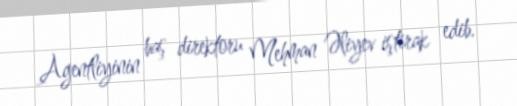
Agentliyinin baş direktoru Mehman Əliyev iştirak edib.